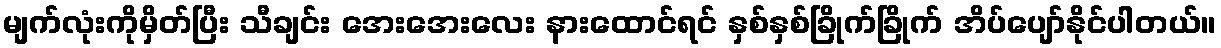
မျက်လုံးကိုမှိတ်ပြီး သီချင်း အေးအေးလေး နားထောင်ရင် နှစ်နှစ်ခြိုက်ခြိုက် အိပ်ပျော်နိုင်ပါတယ်။